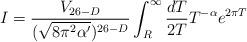
LaTeX: \begin{align*}I = \frac{V_{26-D}}{(\sqrt{8\pi^{2} \alpha'})^{26-D}} \int_{R}^{\infty} \frac{dT}{2T} T^{-\alpha} e^{2\pi T}\end{align*}